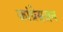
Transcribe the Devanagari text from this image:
कांग्रेसजन